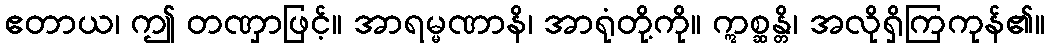
ဧတာယ၊ ဤ တဏှာဖြင့်။ အာရမ္မဏာနိ၊ အာရုံတို့ကို။ ဣစ္ဆန္တိ၊ အလိုရှိကြကုန်၏။